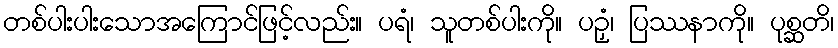
တစ်ပါးပါးသောအကြောင်ဖြင့်လည်း။ ပရံ၊ သူတစ်ပါးကို။ ပဉှံ၊ ပြဿနာကို။ ပုစ္ဆတိ၊